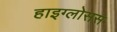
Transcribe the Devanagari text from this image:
हाइग्लोसस